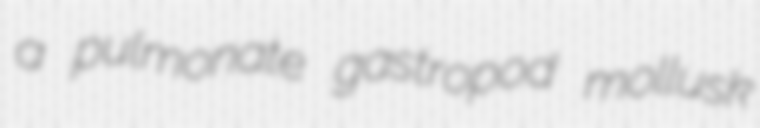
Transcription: a pulmonate gastropod mollusk